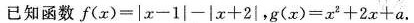
已知函数$$f ( x ) = | x - 1 | - | x + 2 |$$，$$g ( x ) = x ^ { 2 } + 2 x + a$$。